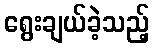
ရွေးချယ်ခဲ့သည့်